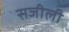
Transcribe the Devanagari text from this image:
सजीली